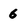
Character: 6